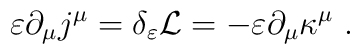
\varepsilon \partial_{\mu} j^{\mu} = \delta_{\varepsilon}{\cal{L}} = -\varepsilon \partial_{\mu} \kappa^{\mu}~.